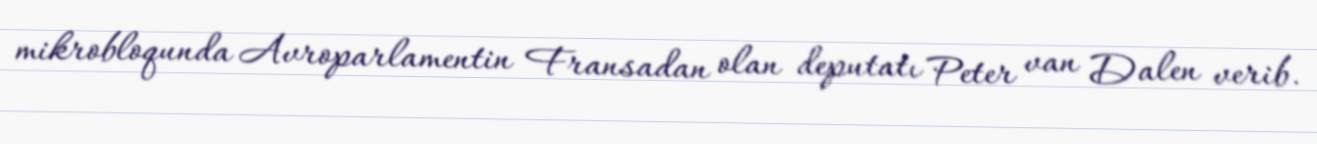
mikrobloqunda Avroparlamentin Fransadan olan deputatı Peter van Dalen verib.